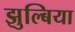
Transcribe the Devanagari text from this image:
झुल्बिया